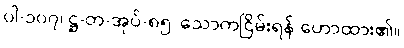
ပါ-၁၀၇၊ ဋ္ဌ-တ-အုပ်-၈၅၊ သောကငြိမ်းရန် ဟောထား၏။